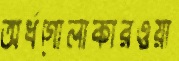
অর্ধগোলাকারওয়া